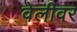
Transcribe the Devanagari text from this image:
वेलीवर